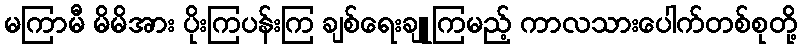
မကြာမီ မိမိအား ပိုးကြပန်းကြ ချစ်ရေးချူကြမည့် ကာလသားပေါက်တစ်စုတို့